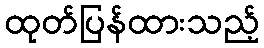
ထုတ်ပြန်ထားသည့်